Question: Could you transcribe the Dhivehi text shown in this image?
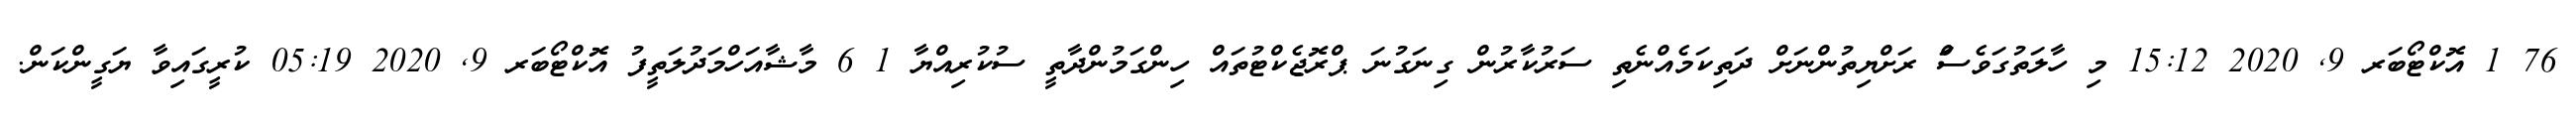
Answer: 76 1 އޮކްޓޯބަރ 9, 2020 15:12 މި ހާލަތުގަވެސަް ރަށްޔިތުންނަށް ދަތިކަމެއްނެތި ސަރުކާރުން ގިނަގުނަ ޕްރޮޖެކްޓުތައް ހިންގަމުންދާތީ ސުކުރިއްޔާ 1 6 މާޝާއަހްމަދުލަތީފު އޮކްޓޯބަރ 9, 2020 05:19 ކުރީގައިވާ ޔަގީންކަން.